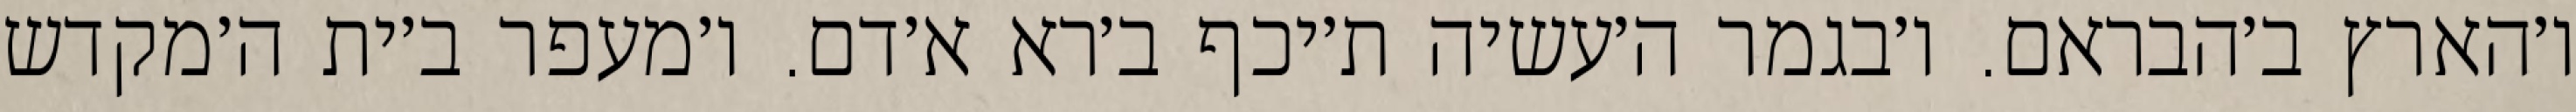
ו׳הארץ ב׳הבראם. ו׳בגמר ה׳עשיה ת׳יכף ב׳רא א׳דם. ו׳מעפר ב׳ית ה׳מקדש